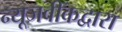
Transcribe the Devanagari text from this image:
न्यूजवीकद्वारा